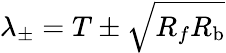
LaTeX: \lambda_{\pm}=T\pm\sqrt{R_{f}R_{\mathrm{b}}}